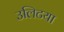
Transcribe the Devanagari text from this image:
उलिटया